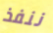
ننفذ